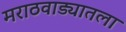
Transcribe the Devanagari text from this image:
मराठवाड्यातला